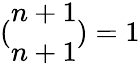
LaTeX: (\begin{array}{l}{n+1}\\ {n+1}\end{array})=1